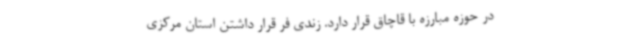
در حوزه مبارزه با قاچاق قرار دارد. زندی فر قرار داشتن استان مرکزی